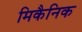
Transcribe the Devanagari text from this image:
मिकैनिक